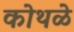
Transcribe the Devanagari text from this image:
कोथळे